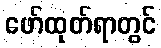
ဖော်ထုတ်ရာတွင်